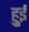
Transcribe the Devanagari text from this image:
हुुई